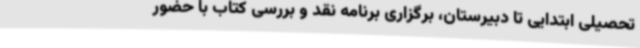
تحصیلی ابتدایی تا دبیرستان، برگزاری برنامه نقد و بررسی کتاب با حضور